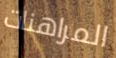
المراهنات